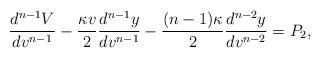
LaTeX: \begin{align*} \frac{d^{n-1}V}{dv^{n-1}}-\frac{\kappa v}{2}\frac{d^{n-1}y}{dv^{n-1}}-\frac{(n-1)\kappa}{2}\frac{d^{n-2}y}{dv^{n-2}}=P_2,\end{align*}